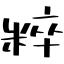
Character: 粹